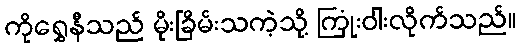
ကိုရွှေနီသည် မိုးခြိမ်းသကဲ့သို့ ကြုံးဝါးလိုက်သည်။